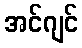
အင်ဂျင်